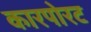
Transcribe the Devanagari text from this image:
कारपोरट